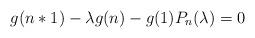
LaTeX: \begin{align*}g(n*1)-\lambda g(n)- g(1) P_n(\lambda)=0\end{align*}